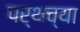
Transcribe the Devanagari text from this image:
पर्थच्या